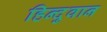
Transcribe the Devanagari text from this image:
हिन्दुवान